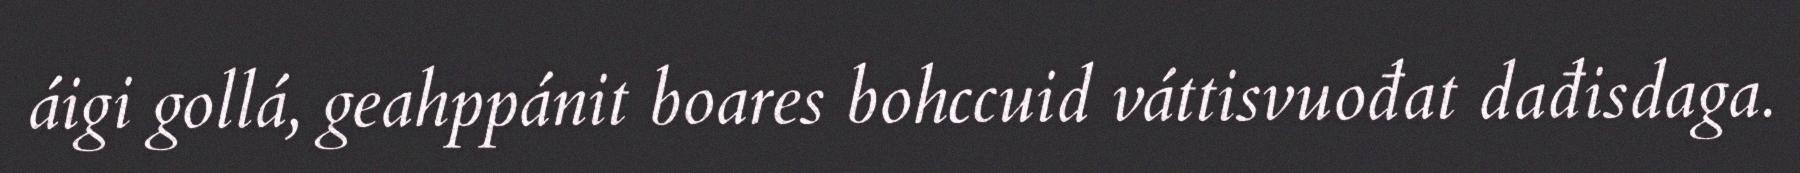
áigi gollá, geahppánit boares bohccuid váttisvuođat dađisdaga.